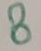
Text: 8